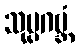
သုပ္ပဂဗ္ဘံ